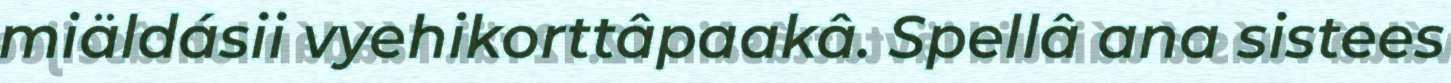
miäldásii vyehikorttâpaakâ. Spellâ ana sistees